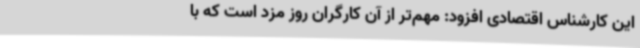
این کارشناس اقتصادی افزود: مهم‌تر از آن کارگران روز مزد است که با